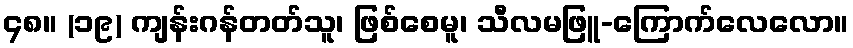
၄၈။ (၁၉) ကျန်းဂန်တတ်သူ၊ ဖြစ်စေမူ၊ သီလမဖြူ-ကြောက်လေလော။